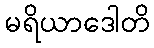
မရိယာဒေါတိ